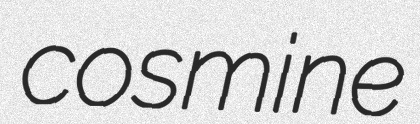
cosmine